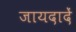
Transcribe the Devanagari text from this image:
जायदादें